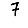
Digit: 7